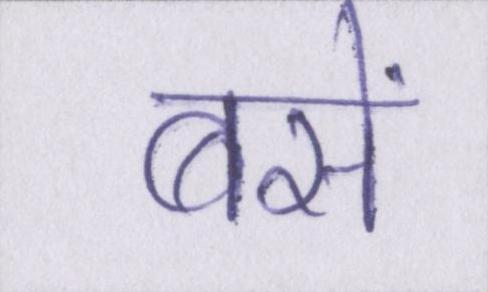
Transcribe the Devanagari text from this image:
बसें